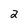
Character: 2